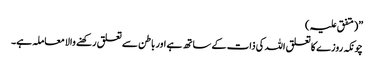
”(متفق علیہ )
چونکہ روزے کا تعلق اللہ کی ذات کے ساتھ ہے اور باطن سے تعلق رکھنے والا معاملہ ہے۔